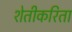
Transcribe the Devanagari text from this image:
शेतीकरिता